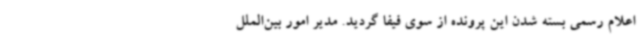
اعلام رسمی بسته شدن این پرونده از سوی فیفا گردید. مدیر امور بین‌الملل